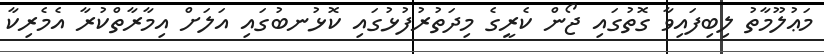
މަޢުލޫމާތު ލިބިފައިވާ ގޮތުގައި ޖޯން ކެރީގެ މިދަތުރުފުޅުގައި ކޮޅުނބުގައި އަލަށް އިމާރާތްކުރާ އެމެރިކާ